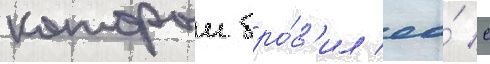
которыи бро́с'ил ео́ с